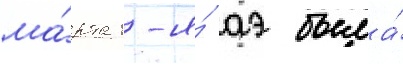
ма́рта 1-я́ аэ была́